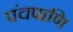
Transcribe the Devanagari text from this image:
पंचपाणि